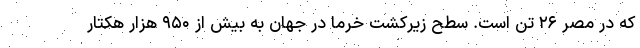
که در مصر ۲۶ تن است. سطح زیرکشت خرما در جهان به بیش از ۹۵۰ هزار هکتار